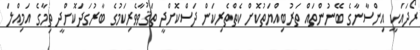
ރޯދައަކީ އިންސާނާގެ ބޭނުންތައް ތަރުބިއްޔަތުކޮށް ކެތްތެރިކަން ދަސްކޮށްދީ ތަޤުވާވެރިކަމުގެ ބާރުގަދަކޮށްދީ ތިމާގެ އަމިއްލަ